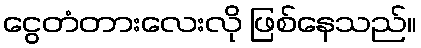
ငွေတံတားလေးလို ဖြစ်နေသည်။